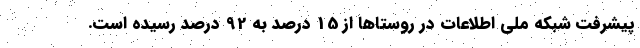
پیشرفت شبکه ملی اطلاعات در روستاها از 15 درصد به 92 درصد رسیده است.